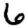
Digit: 6